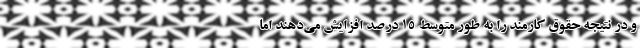
و در نتیجه حقوق کارمند را به طور متوسط ۱۵ درصد افزایش می‌دهند اما